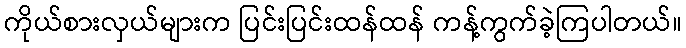
ကိုယ်စားလှယ်များက ပြင်းပြင်းထန်ထန် ကန့်ကွက်ခဲ့ကြပါတယ်။